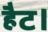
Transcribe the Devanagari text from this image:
हैट।